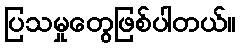
ပြသမှုတွေဖြစ်ပါတယ်။